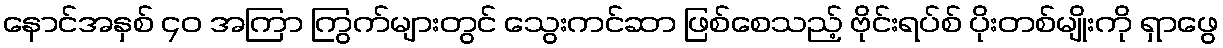
နောင်အနှစ် ၄၀ အကြာ ကြွက်များတွင် သွေးကင်ဆာ ဖြစ်စေသည့် ဗိုင်းရပ်စ် ပိုးတစ်မျိုးကို ရှာဖွေ